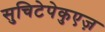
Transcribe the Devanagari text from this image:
सुचिटेपेकुएज़